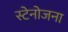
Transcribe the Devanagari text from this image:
स्टेनोजना